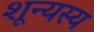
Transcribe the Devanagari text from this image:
शून्यस्य